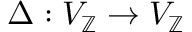
\Delta : V _ { \mathbb { Z } } \to V _ { \mathbb { Z } }